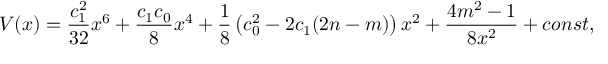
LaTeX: V ( x ) = \frac { c _ { 1 } ^ { 2 } } { 3 2 } x ^ { 6 } + \frac { c _ { 1 } c _ { 0 } } 8 x ^ { 4 } + \frac 1 8 \left( c _ { 0 } ^ { 2 } - 2 c _ { 1 } ( 2 n - m ) \right) x ^ { 2 } + \frac { 4 m ^ { 2 } - 1 } { 8 x ^ { 2 } } + c o n s t ,